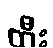
ထီး